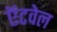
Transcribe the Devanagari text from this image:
ऍटवेल